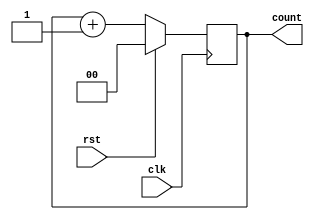
`timescale 1ns / 1ps
//////////////////////////////////////////////////////////////////////////////////
// Company: 
// Engineer: 
// 
// Design Name: 
// Module Name: two_bit_counter
// Project Name: 
// Target Devices: 
// Tool Versions: 
// Description: 
// 
// Dependencies: 
// 
// Revision:
// Revision 0.01 - File Created
// Additional Comments:
// 
//////////////////////////////////////////////////////////////////////////////////


module two_bit_counter(clk, rst, count);
input clk, rst;
output [1:0] count;

reg [1:0] count = 0;

always @(posedge clk)
begin
    if(rst)
        count = 0;
    else
        count = count + 1;
end

endmodule